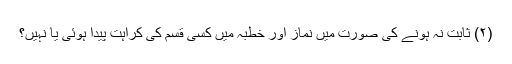
(۲) ثابت نہ ہونے کی صورت میں نماز اور خطبہ میں کسی قسم کی کراہت پیدا ہوئی یا نہیں؟